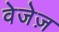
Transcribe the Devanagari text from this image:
वेजेज़